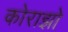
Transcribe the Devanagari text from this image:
कोराझो